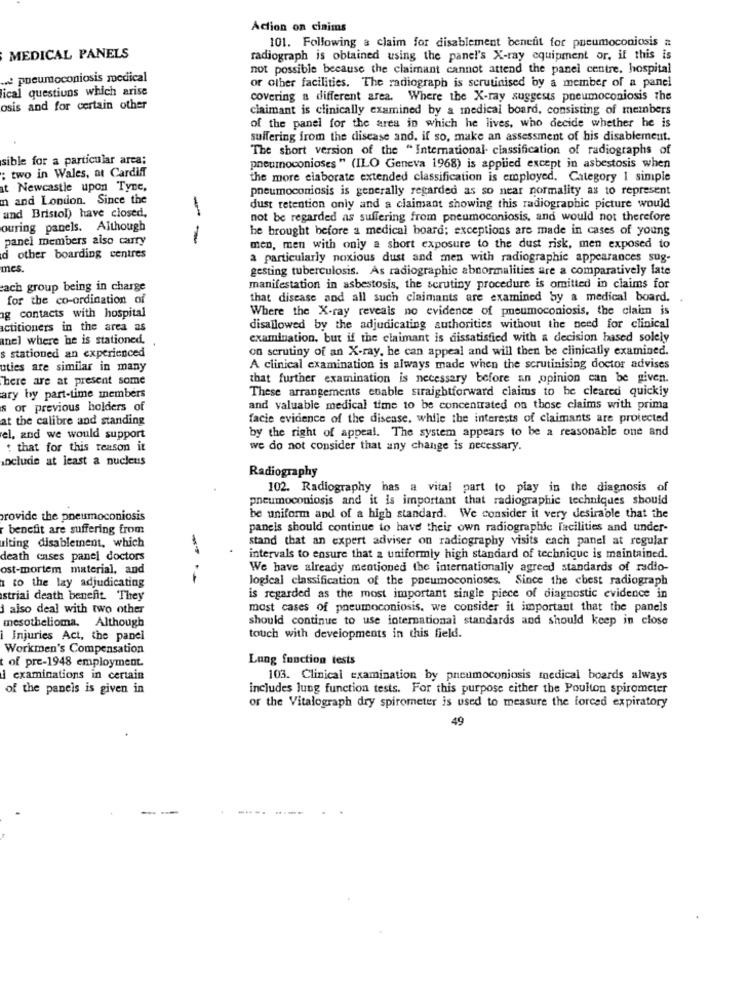
Action on cinims
101. Following a claim for disablement benefit for pneumoconiosis #
MEDICAL PANELS
radiograph is obtained using the panel's X-ray equipment or, if this is
not possible because the claimant cannot attend the panel centre, hospital
pneumoconiosis medical
ical questions which arise
or other facilities. The radiograph is scrutinised by a member of a panel
covering a different area. Where the X-ray suggests pneumoconiosis the
osis and for certain other
claimant is clinically examined by a medical board, consisting of members
of the panel for the area in which he lives, who decide whether he is
suffering from the disease and, if so, make an assessment of his disablement.
The short version of the "International classification of radiographs of
sible for a particular arca:
: two in Wales, at Cardiff
pneumoconioses " (ILO Geneva 1968) is applied except in asbestosis when
the more elaborate extended classification is employed. Category 1 simple
at Newcastle upon Tyne,
pneumoconiosis is generally regarded as so near normality as to represent
n and London. Since the
and Bristol) have closed,
dust retention only and a claimant showing this radiographic picture would
not be regarded as suffering from pneumoconiosis, and would not therefore
ouring panels. Although
he brought before a medical board; exceptions are made in cases of young
panel members also carry
- -
men, men with only a short exposure to the dust risk, men exposed to
d other boarding centres
a particularly noxious dust and men with radiographic appearances sug-
mes.
gesting tuberculosis. As radiographic abnormalities are a comparatively late
each group being in charge
manifestation in asbestosis, the scrutiny procedure is omitted in claims for
for the co-ordination of
that disease and all such claimants are examined by a medical board. .
Where the X-ray reveals no evidence of pneumoconiosis, the claim is
ag contacts with hospital
actitioners in the area as
disallowed by the adjudicating authorities without the need for clinical
anel where he is stationed.
examination, but if the claimant is dissatisfied with a decision based solely
on scrutiny of an X-ray, he can appeal and will then be clinically examined.
s stationed an experienced
uties are similar in many
A clinical examination is always made when the scrutinising doctor advises
There are at present some
that further examination is necessary before an opinion can be given.
These arrangements enable straightforward claims to be cleared quickly
ary by part-time members
s or previous holders of
and valuable medical time to be concentrated on those claims with prima
at the calibre and standing
facie evidence of the disease, while the interests of claimants are protected
by the right of appeal. The system appears to be a reasonable one and
el, and we would support
: that for this reason it
we do not consider that any change is necessary.
include at least a nucleus
Radiography
102. Radiography has a vital part to play in the diagnosis of
pneumoconiosis and it is important that radiographic techniques should
provide the pneumoconiosis
be uniform and of a high standard. We consider it very desirable that the
benefit are suffering from
pancis should continue to have their own radiographic facilities and under-
stand that an expert adviser on radiography visits each panel at regular
uiting disablement, which
death cases panel doctors
intervals to ensure that a uniformly high standard of technique is maintained.
ost-mortem material, and
We have already mentioned the internationally agreed standards of radio-
to the lay adjudicating
logical classification of the pneumoconioses. Since the chest radiograph
striai death benefit They
is regarded as the most important single piece of diagnostic evidence in
i also deal with two other
most cases of pneumoconiosis. we consider it important that the panels
mesothelioma. Although
should continue to use international standards and should keep in close
i Injuries Act, the panel
touch with developments in this field.
Workmen's Compensation
Lung function tests
t of pre-1948 employment.
i examinations in certain
103. Clinical examination by pneumoconiosis medical boards always
of the panels is given in
includes lung function tests. For this purpose either the Poulton spirometer
or the Vitalograph dry spirometer is used to measure the forced expiratory
49